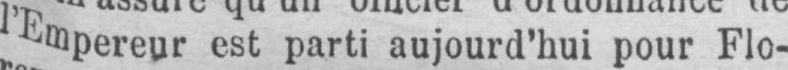
l’Empereur est parti aujourd’hui pour Flo-